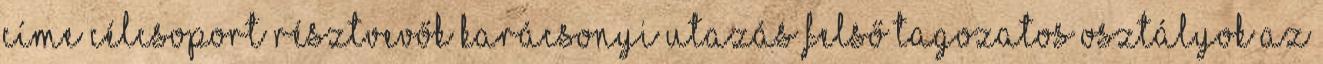
CÍME CÉLCSOPORT RÉSZTVEVŐK KARÁCSONYI UTAZÁS Felső tagozatos osztályok Az